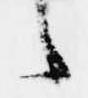
々